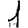
Digit: 1